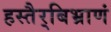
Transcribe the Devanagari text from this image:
हस्तैर्‌बिभ्राणं